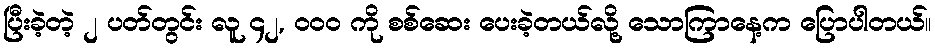
ပြီးခဲ့တဲ့ ၂ ပတ်တွင်း လူ ၄၂, ၀၀၀ ကို စစ်ဆေး ပေးခဲ့တယ်လို့ သောကြာနေ့က ပြောပါတယ်။